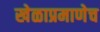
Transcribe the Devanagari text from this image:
खेळाप्रमाणेच